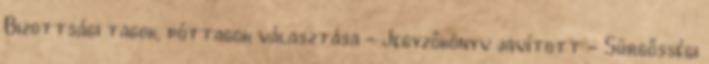
Bizottsági tagok, póttagok választása - Jegyzőkönyv javított - Sürgősségi